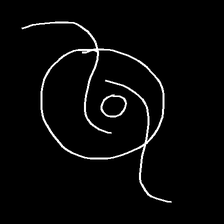
Glyph: repetition